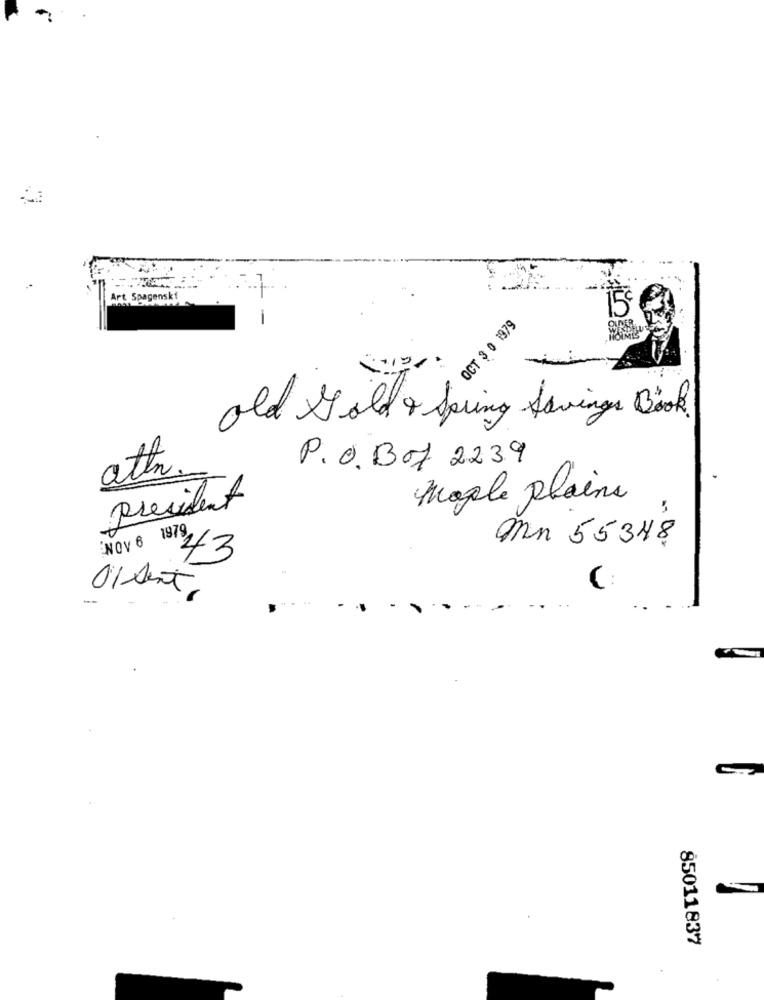
Art Spagenskt
15€
-
OCT 3 0 1979
2+121
old Gold & fering Savings Book.
attn.
P. O. Bof 2239
maple plains
president
mn 55348
NOV 8 19 43
C :
01 sent
85011837